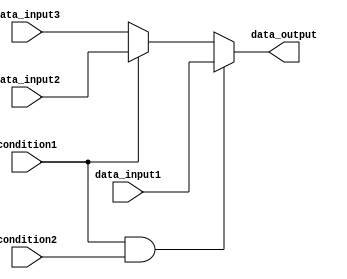
module conditional_assignment_block (
    input wire condition1,
    input wire condition2,
    input wire data_input1,
    input wire data_input2,
    input wire data_input3,
    output reg data_output
);

always @* begin
    if (condition1 && condition2) begin
        data_output = data_input1;
    end else if (condition1) begin
        data_output = data_input2;
    end else begin
        data_output = data_input3;
    end
end

endmodule